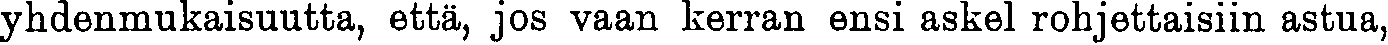
yhdenmukaisuutta, että, jos vaan kerran ensi askel rohjettaisiin astua,